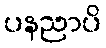
ပနညာပိ